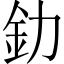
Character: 釛